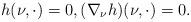
LaTeX: \begin{align*}h(\nu, \cdot)= 0,(\nabla_{\nu} h)(\nu, \cdot)=0.\end{align*}